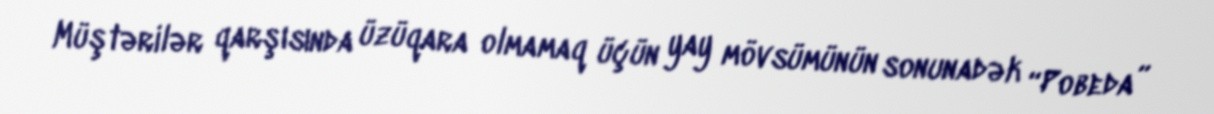
Müştərilər qarşısında üzüqara olmamaq üçün yay mövsümünün sonunadək “Pobeda”